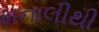
મનાલીથી